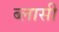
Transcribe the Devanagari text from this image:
ब्लासी